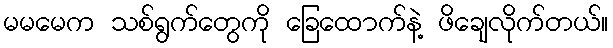
မမမေက သစ်ရွက်တွေကို ခြေထောက်နဲ့ ဖိချေလိုက်တယ်။